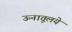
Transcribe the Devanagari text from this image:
ऊनातूलये